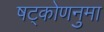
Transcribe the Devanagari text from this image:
षट्कोणनुमा